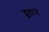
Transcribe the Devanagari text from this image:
दुष्टाने